Report on the cholera epidemic of
Year: 1868
Disease focus: Cholera
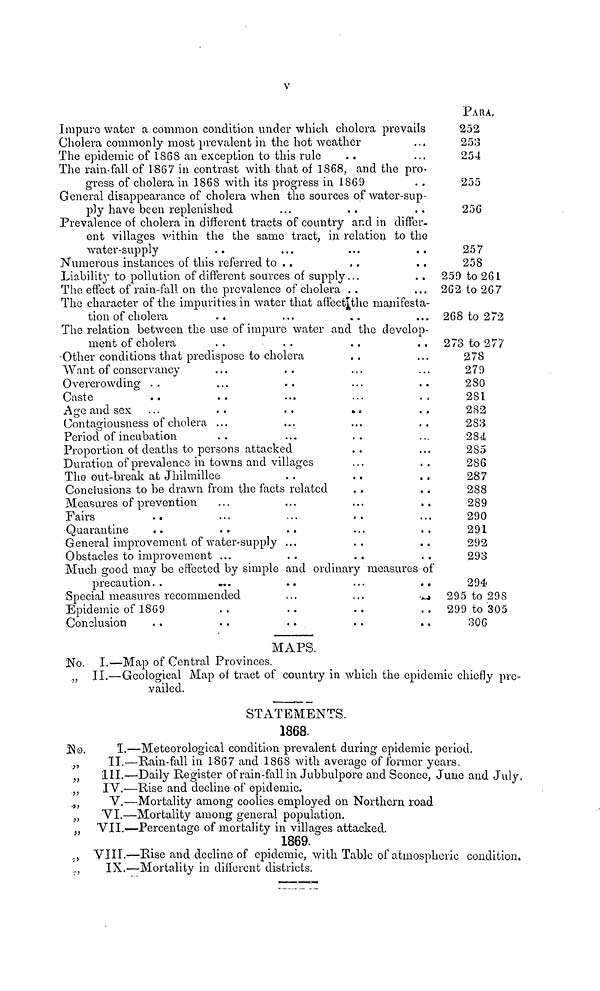
V
Impuro water a common condition under which cholera prevails
Cholera commonly most prevalent in the hot weather
The epidemic of 1868 an exception to this rule
..
...
...
The rain-fall of 1867 in contrast with that of 1868, and the pro-
gress of cholera in 1868 with its progress in 1869
..
General disappearance of cholera when the sources of water-sup-
ply have been replenished
...
..
..
Prevalence of cholera in different tracts of country and in differ-
ent villages within, the the same tract, in relation to the
water-supply
..
Numerous instances of this referred to
...
..
Liability to pollution of different sources of supply
The effect of rain-fall on the prevalence of cholera
...
..
...
..
..
..
..
...
The character of the impurities in water that affect the manifesta-
tion of cholera
..
...
..
...
The relation between the use of impure water and the develop-
ment of cholera
..
..
Other conditions that predispose to cholera
Want of conservancy
Overcrowding ..
Caste ..
Age and sex ...
Contagiousness of cholera
Period of incubation
...
...
..
..
...
..
..
..
...
..
...
...
Proportion of deaths to persons attacked
Duration of prevalence in towns and villages
The out-break at Jhilmillee
Conclusions to be drawn from the facts related
Measures of prevention
Fairs ..
Quarantine
..
...
...
..
General improvement of water-supply
Obstacles to improvement ...
...
...
..
...
..
..
...
...
...
...
..
...
..
..
...
..
..
...
..
...
..
..
..
...
...
..
..
..
..
...
...
..
..
..
..
...
..
..
..
Much good may be effected by simple and ordinary measures of
precaution..
...
Special measures recommended
Epidemic of 1869
Conclusion ..
..
..
..
...
..
..
. . .
...
..
..
..
...
..
..
PARA.
252
253
254
255
256
257
258
259 to 261
262 to 267
268 to 272
273 to 277
278
279
280
281
282
283
284
285
286
287
288
289
290
291
292
293
294
295 to 298
299 to 305
306
MAPS.
No. I.—Map of Central Provinces.
„ II.—Geological Map of tract of country in which the epidemic chiefly pre-
vailed.
STATEMENTS.
1868.
No. I.—Meteorological condition prevalent during epidemic period.
„
II.—Rain-fall in 1867 and 1868 with average of former years.
,, III.—Daily Register of rain-fall in Jubbulpore and Seonce, June and July.
„
IV.—Rise and decline of epidemic.
„
V.—Mortality among coolies employed on Northern road
„
VI.—Mortality among general population.
„ VII.—Percentage of mortality in villages attacked.
1869.
,, VIII.—Rise and decline of epidemic, with Table of atmospheric condition,
,,
IX.—Mortality in different districts.